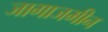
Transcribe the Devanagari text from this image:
जागाजमीन